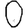
Digit: 0